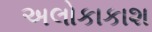
અલોકાકાશ